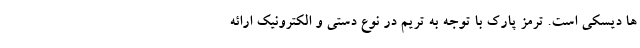
ها دیسکی است. ترمز پارک با توجه به تریم در نوع دستی و الکترونیک ارائه